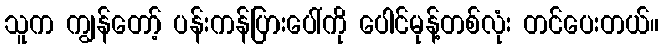
သူက ကျွန်တော့် ပန်းကန်ပြားပေါ်ကို ပေါင်မုန့်တစ်လုံး တင်ပေးတယ်။